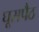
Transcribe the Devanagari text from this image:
घूसपैठ